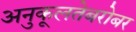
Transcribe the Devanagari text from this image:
अनुकूलतेबरोबर